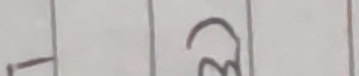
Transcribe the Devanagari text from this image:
ट